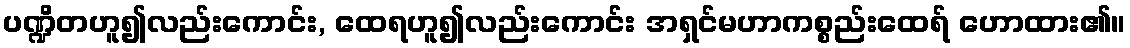
ပဏ္ဍိတဟူ၍လည်းကောင်း, ထေရဟူ၍လည်းကောင်း အရှင်မဟာကစ္စည်းထေရ် ဟောထား၏။